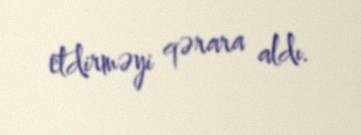
etdirməyi qərara aldı.